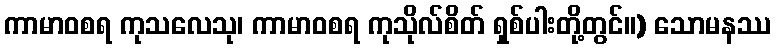
ကာမာဝစရ ကုသလေသု၊ ကာမာဝစရ ကုသိုလ်စိတ် ရှစ်ပါးတို့တွင်။) သောမနဿ